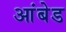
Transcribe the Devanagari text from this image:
आंबेड